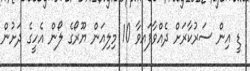
ޑީ އިން ސަރުކާރަށް ދެއްވާފައވާ 10 މިލިއަން ޔޫރޯގެ ލޯން އެހީގެ ދަށުން